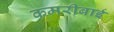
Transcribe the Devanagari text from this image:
कमरीबाई